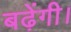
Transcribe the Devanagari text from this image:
बढ़ेंगी।